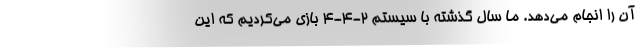
آن را انجام می‌دهد. ما سال گذشته با سیستم 2-4-4 بازی می‌کردیم که این